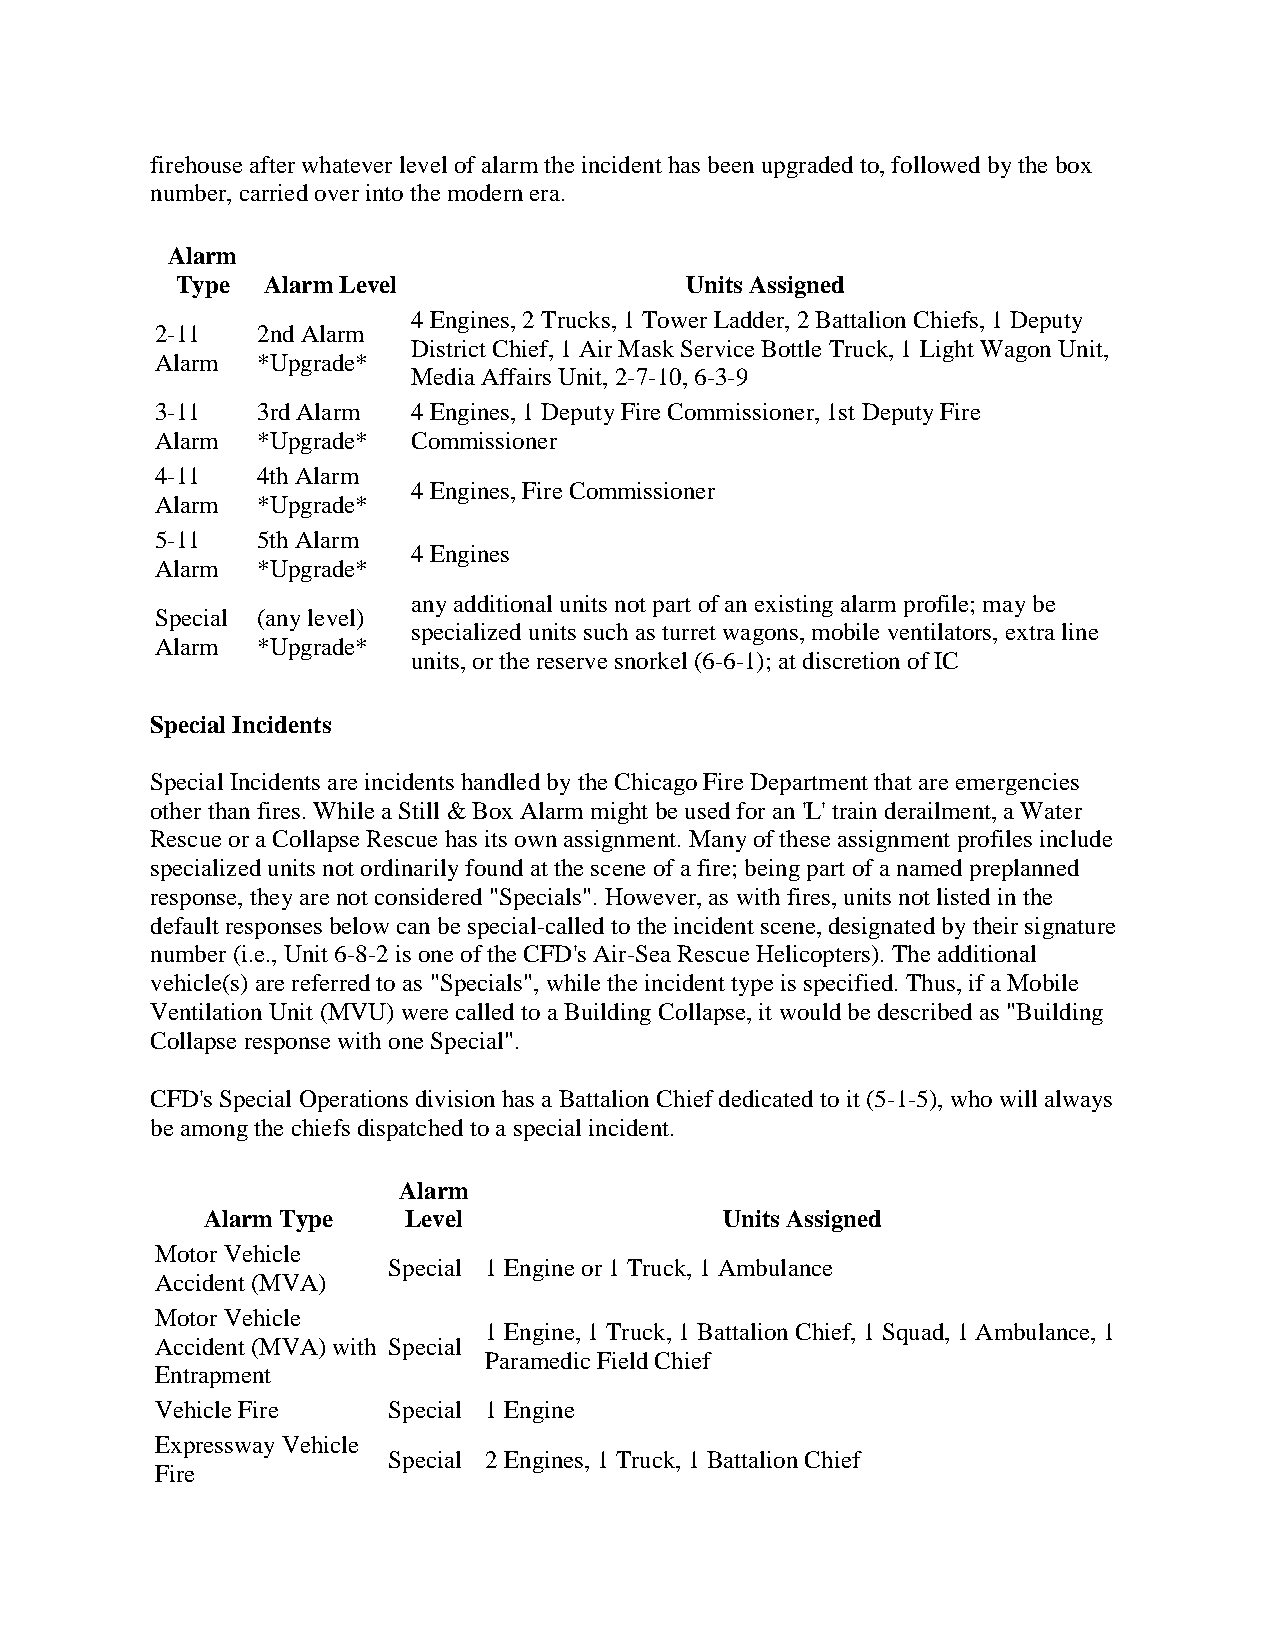
firehouse after whatever level of alarm the incident has been upgraded to, followed by the box
 number, carried over into the modern era.
 Alarm
 Type Alarm Level                 Units Assigned
 4 Engines, 2 Trucks, 1 Tower Ladder, 2 Battalion Chiefs, 1 Deputy
 2-11   2nd Alarm
 District Chief, 1 Air Mask Service Bottle Truck, 1 Light Wagon Unit,
 Alarm  *Upgrade*
 Media Affairs Unit, 2-7-10, 6-3-9
 3-11   3rd Alarm 4 Engines, 1 Deputy Fire Commissioner, 1st Deputy Fire
 Alarm  *Upgrade* Commissioner
 4-11   4th Alarm
 4 Engines, Fire Commissioner
 Alarm  *Upgrade*
 5-11   5th Alarm
 4 Engines
 Alarm  *Upgrade*
 any additional units not part of an existing alarm profile; may be
 Special (any level)
 specialized units such as turret wagons, mobile ventilators, extra line
 Alarm  *Upgrade*
 units, or the reserve snorkel (6-6-1); at discretion of IC
 Special Incidents
 Special Incidents are incidents handled by the Chicago Fire Department that are emergencies
 other than fires. While a Still & Box Alarm might be used for an 'L' train derailment, a Water
 Rescue or a Collapse Rescue has its own assignment. Many of these assignment profiles include
 specialized units not ordinarily found at the scene of a fire; being part of a named preplanned
 response, they are not considered "Specials". However, as with fires, units not listed in the
 default responses below can be special-called to the incident scene, designated by their signature
 number (i.e., Unit 6-8-2 is one of the CFD's Air-Sea Rescue Helicopters). The additional
 vehicle(s) are referred to as "Specials", while the incident type is specified. Thus, if a Mobile
 Ventilation Unit (MVU) were called to a Building Collapse, it would be described as "Building
 Collapse response with one Special".
 CFD's Special Operations division has a Battalion Chief dedicated to it (5-1-5), who will always
 be among the chiefs dispatched to a special incident.
 Alarm
 Alarm Type    Level                Units Assigned
 Motor Vehicle
 Special 1 Engine or 1 Truck, 1 Ambulance
 Accident (MVA)
 Motor Vehicle
 1 Engine, 1 Truck, 1 Battalion Chief, 1 Squad, 1 Ambulance, 1
 Accident (MVA) with Special
 Paramedic Field Chief
 Entrapment
 Vehicle Fire    Special 1 Engine
 Expressway Vehicle
 Special 2 Engines, 1 Truck, 1 Battalion Chief
 Fire